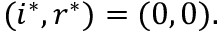
( i ^ { * } , r ^ { * } ) = ( 0 , 0 ) .